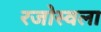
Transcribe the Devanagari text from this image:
रजोस्वला